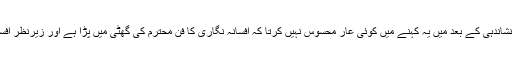
املا کی ان چند اغلاط کی نشاندہی کے بعد میں یہ کہنے میں کوئی عار محسوس نہیں کرتا کہ افسانہ نگاری کا فن محترم کی گھٹی میں پڑا ہے اور زیرنظر افسانہ اس کی زندہ مثال ہے۔